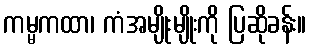
ကမ္မကထာ၊ ကံအမျိုးမျိုးကို ပြဆိုခန်း။